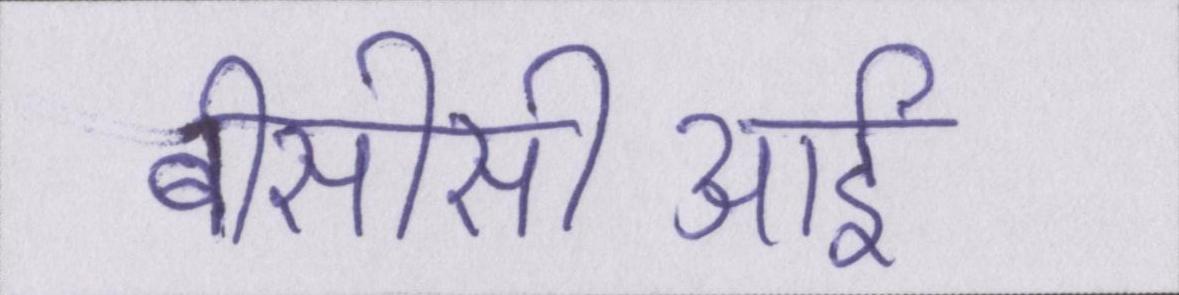
बीसीसीआई